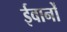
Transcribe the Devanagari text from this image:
ईवानों